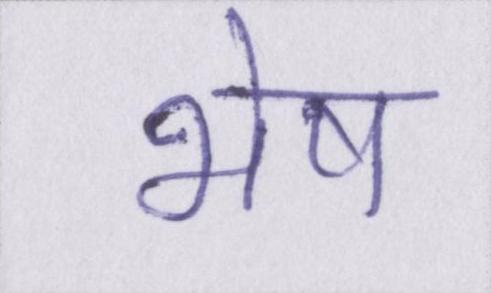
भेष